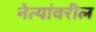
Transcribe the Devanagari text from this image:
नेत्यांवरील